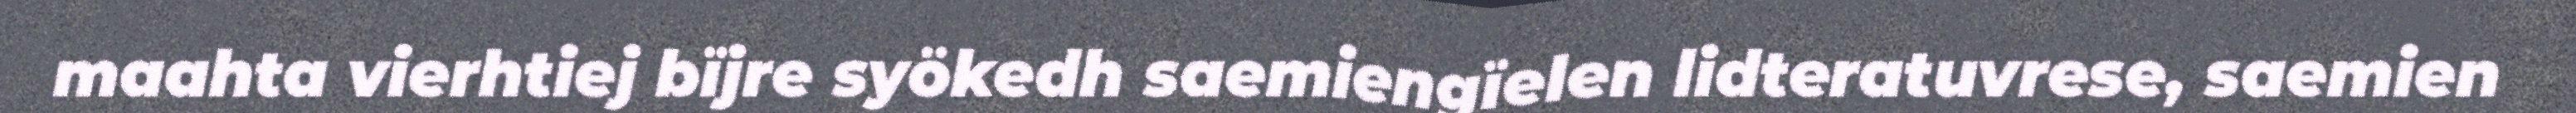
maahta vierhtiej bïjre syökedh saemiengïelen lidteratuvrese, saemien